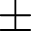
\pm